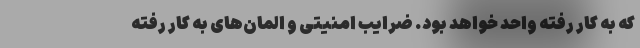
که به کار رفته واحد خواهد بود. ضرایب امنیتی و المان‌های به کار رفته